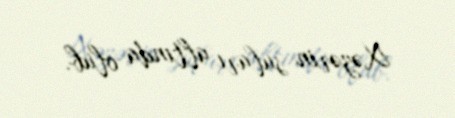
Xəzərin suları altında olub.